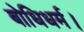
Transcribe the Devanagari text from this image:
बोधिधर्म।